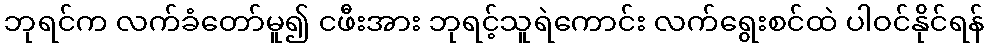
ဘုရင်က လက်ခံတော်မူ၍ ငဖီးအား ဘုရင့်သူရဲကောင်း လက်ရွေးစင်ထဲ ပါဝင်နိုင်ရန်